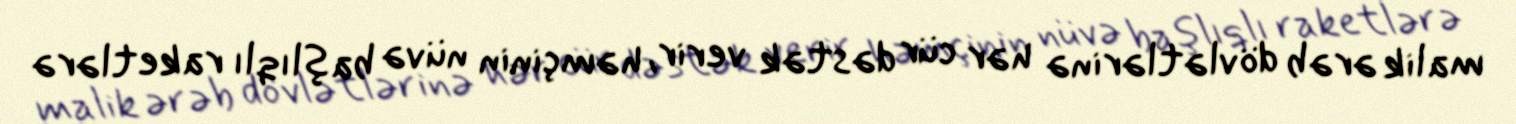
malik ərəb dövlətlərinə hər cür dəstək verir, həmçinin nüvə başlıqlı raketlərə